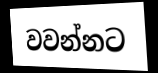
වවන්නට